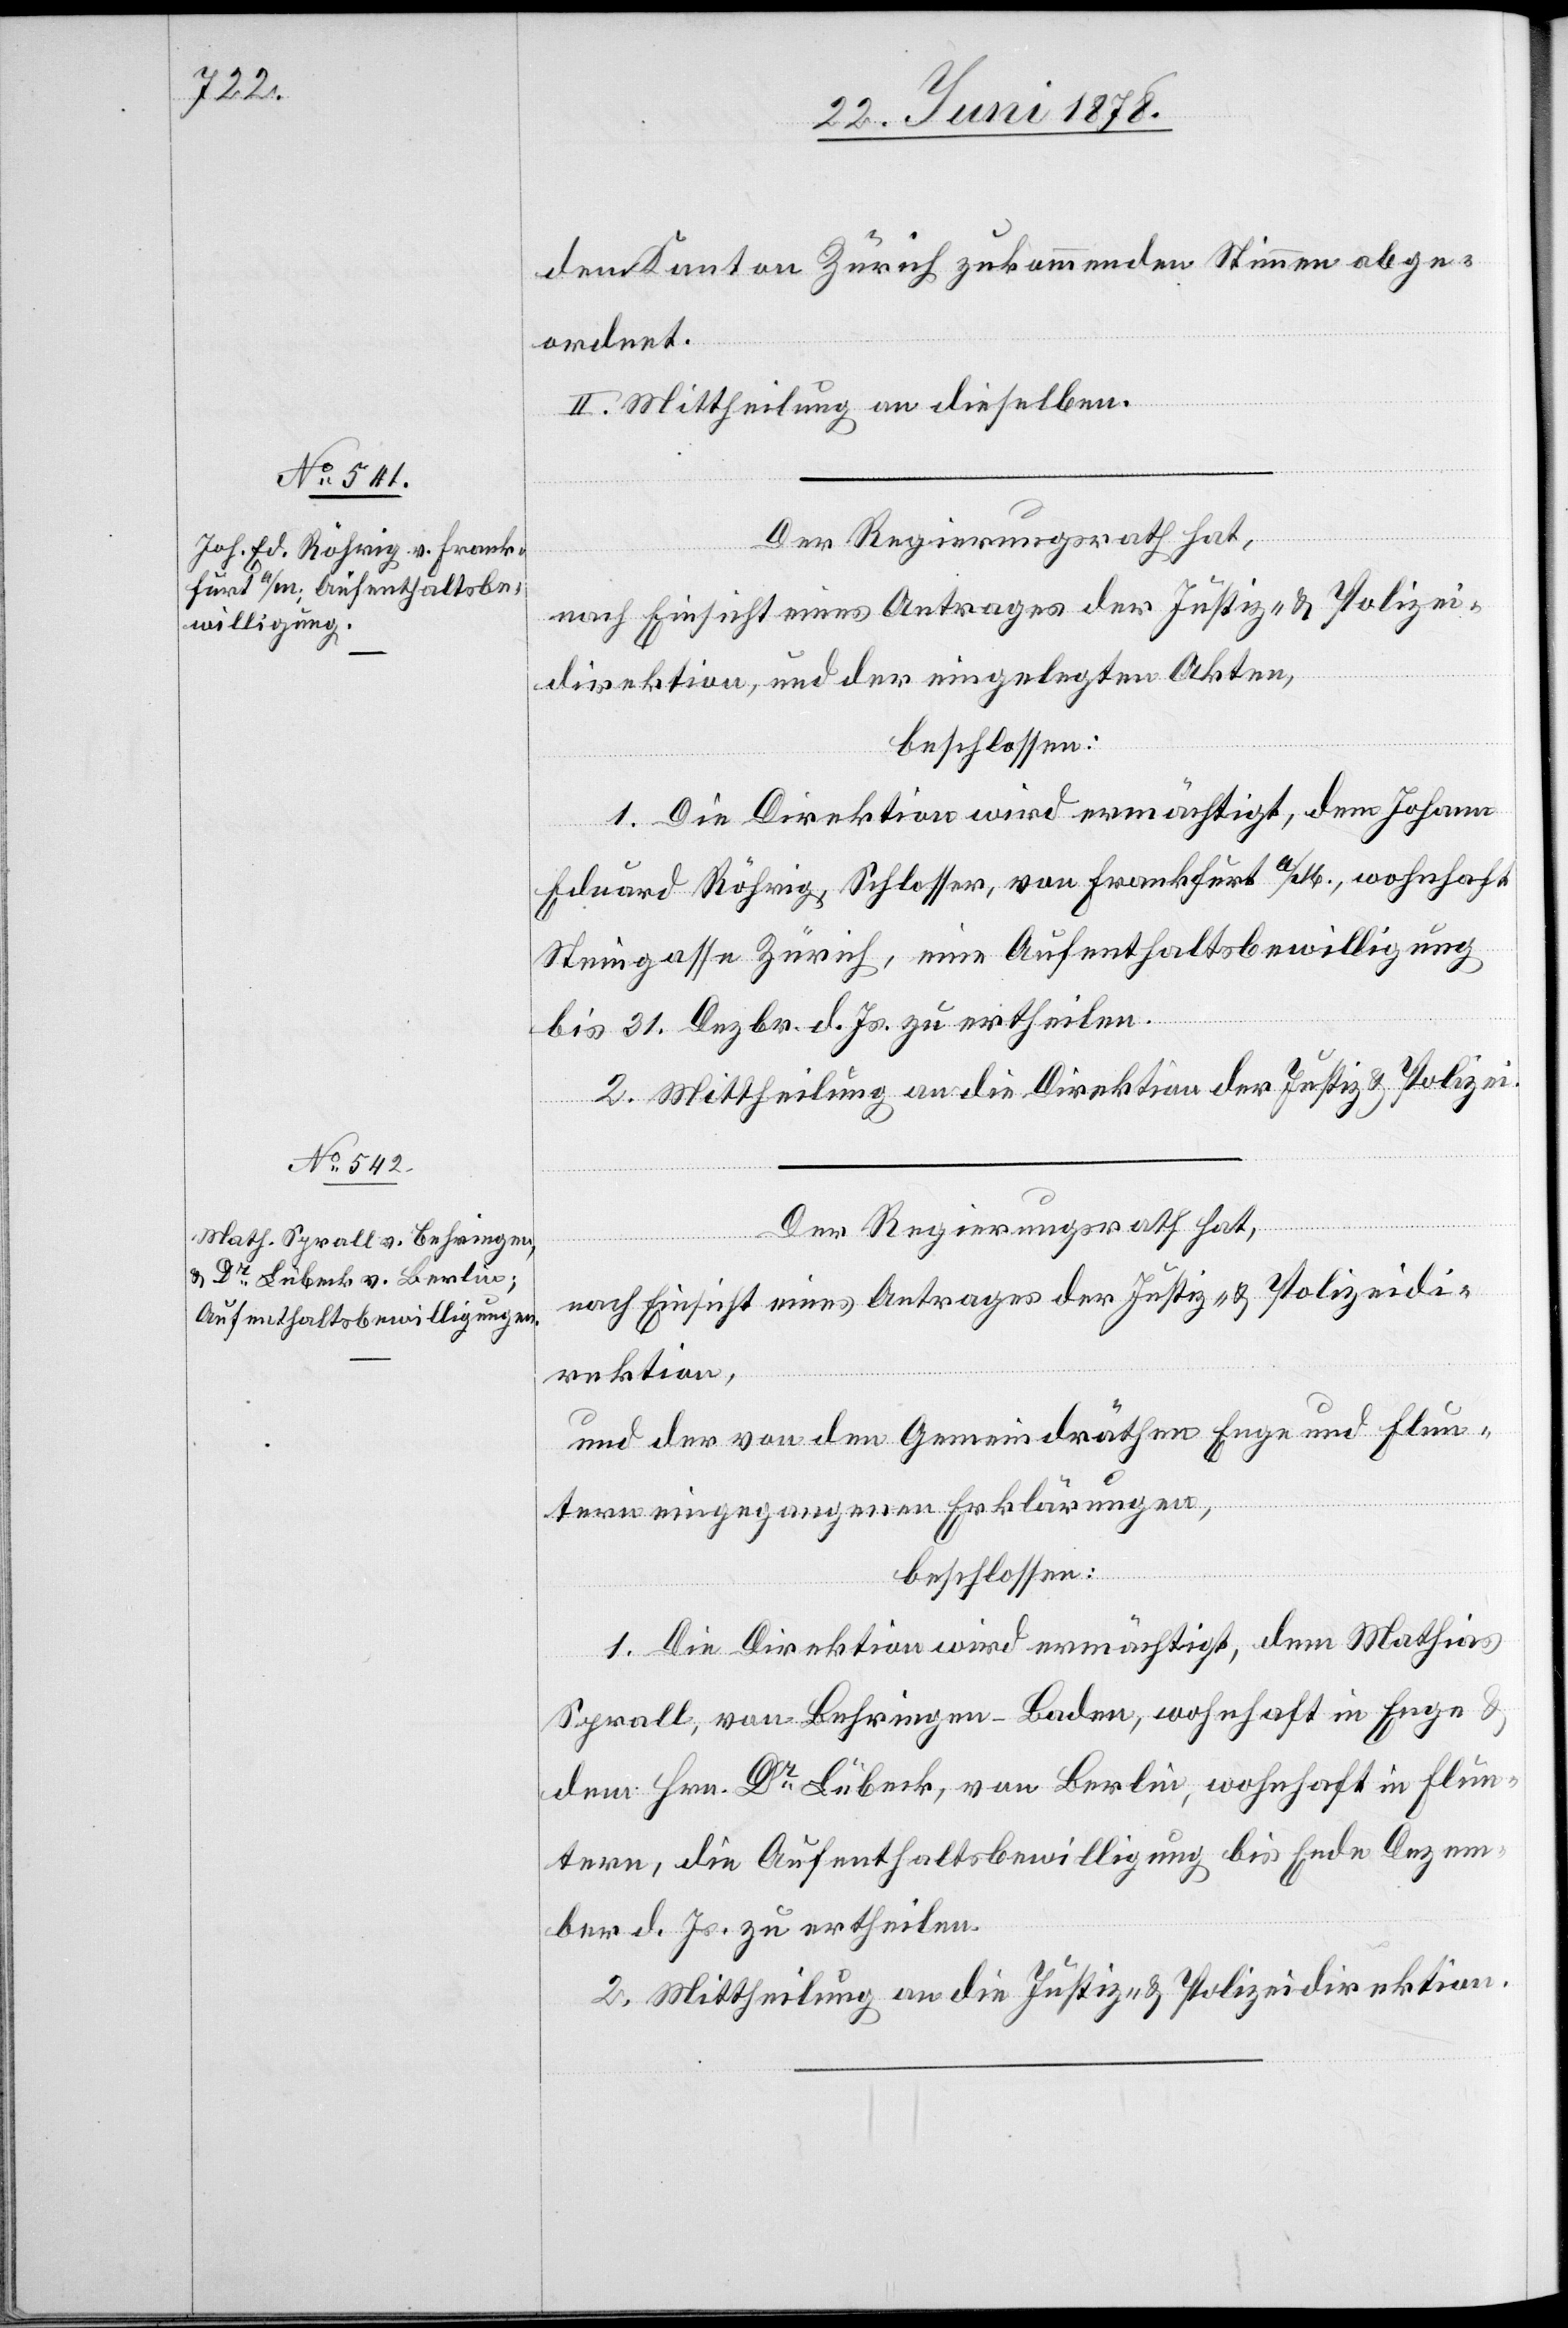
dem Kanton Zürich zukommenden Stimmen abge¬
ordnet.
II. Mittheilung an dieselben.
Der Regierungsrath hat,
nach Einsicht eines Antrages der Justiz- & Polizei¬
direktion, und der eingelegten Akten,
beschlossen:
1. Die Direktion wird ermächtigt, dem Johann
Eduard Röhrig, Schlosser, von Frankfurt a/M., wohnhaft
Steingasse Zürich, eine Aufenthaltsbewilligung
bis 31. Dezbr. d. Js. zu ertheilen.
2. Mittheilung an die Direktion der Justiz & Polizei.
Der Regierungsrath hat,
nach Einsicht eines Antrages der Justiz- & Polizeidi¬
rektion,
und der von den Gemeindräthen Enge und Flun¬
tern eingegangenen Erklärungen,
beschlossen:
1. Die Direktion wird ermächtigt, dem Mathias
Sprall, von Behringen - Baden, wohnhaft in Enge &
dem Hrn. Dr Lübeck, von Berlin, wohnhaft in Flun¬
tern, die Aufenthaltsbewilligung bis Ende Dezem¬
ber d. Js. zu ertheilen.
2. Mittheilung an die Justiz- & Polizeidirektion.